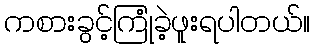
ကစားခွင့်ကြုံခဲ့ဖူးရပါတယ်။